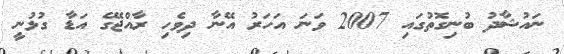
ނައުޝާދު ބުނިގޮތުގައި 2007 ވަނަ އަހަރު އޭނާ ދިވެހި ރާއްޖޭގެ އަޑާ ގުޅުނީ